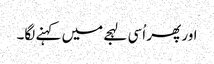
اور پھر اُسی لہجے میں کہنے لگا۔